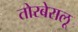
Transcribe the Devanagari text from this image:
तोरबेरालू